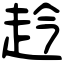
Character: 赺